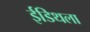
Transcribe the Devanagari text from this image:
ईडिथला